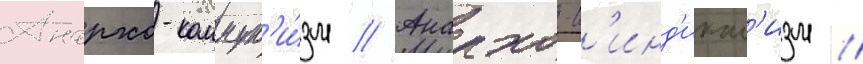
Анархо-коммун'и́зм // Анархо-с'инд'икал'изм //